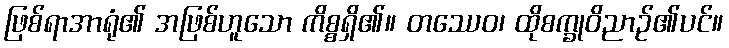
ဖြစ်ရာအာရုံ၏ အဖြစ်ဟူသော ကိစ္စရှိ၏။ တဿေဝ၊ ထိုစက္ခုဝိညာဉ်၏ပင်။